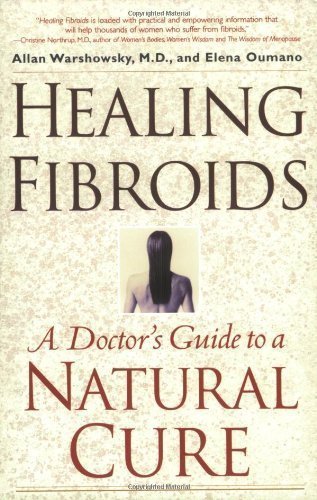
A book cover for Healing Fibroids: A Doctor's Guide to a Natural Cure by Allan Warshowsky (Aug 6 2002); Health, Fitness & Dieting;